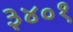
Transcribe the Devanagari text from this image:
३४०१